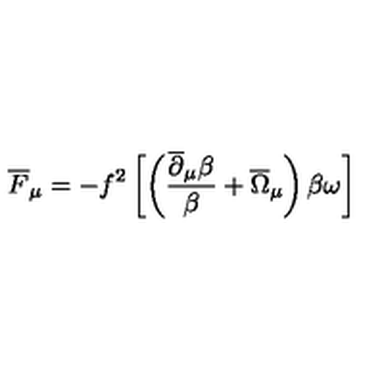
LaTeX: \overline { F } _ { \mu } = - f ^ { 2 } \left[ \left( \frac { \overline { \partial } _ { \mu } \beta } { \beta } + \overline { \Omega } _ { \mu } \right) \beta \omega \right]